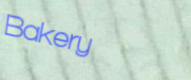
Bakery